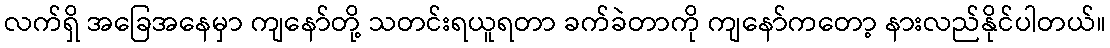
လက်ရှိ အခြေအနေမှာ ကျနော်တို့ သတင်းရယူရတာ ခက်ခဲတာကို ကျနော်ကတော့ နားလည်နိုင်ပါတယ်။